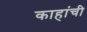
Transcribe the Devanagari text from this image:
काहांची